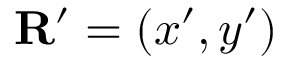
{ \bf R } ^ { \prime } = ( x ^ { \prime } , y ^ { \prime } )